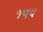
જવય